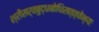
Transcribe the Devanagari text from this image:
श्रीसर्वबुद्धबोधिसत्त्वेभ्यः